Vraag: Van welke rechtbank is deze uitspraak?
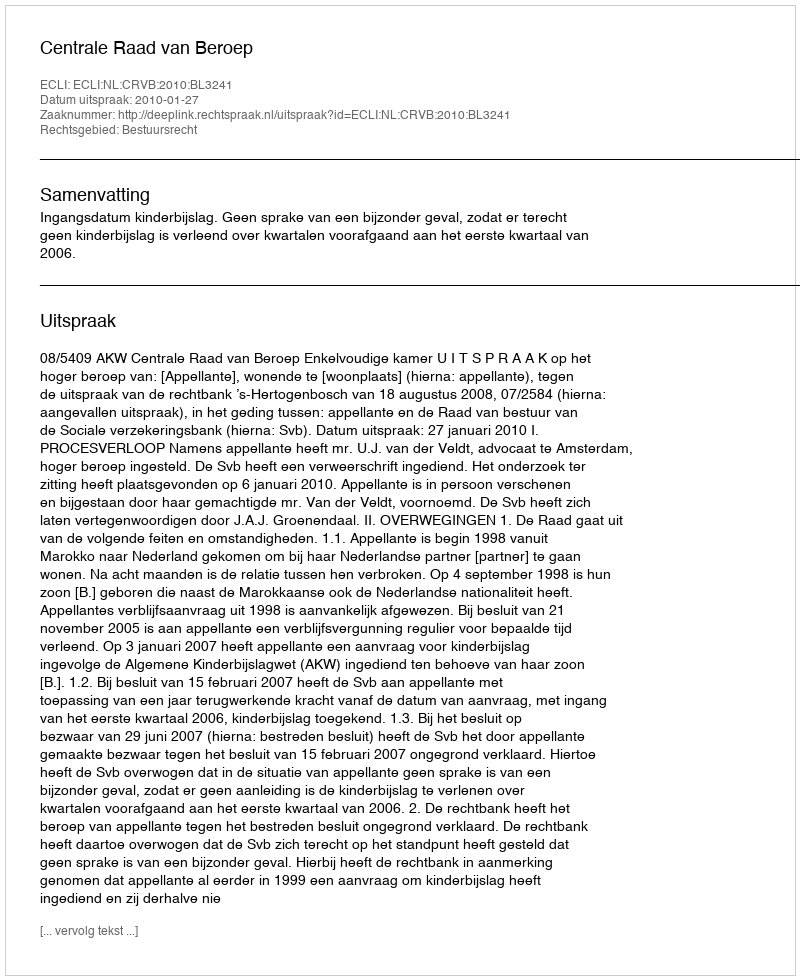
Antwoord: Centrale Raad van Beroep